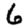
Digit: 6